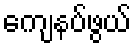
ကျေနပ်ဖွယ်